Note on the mental hospitals in Burma - 1925-1940
Year: 1925
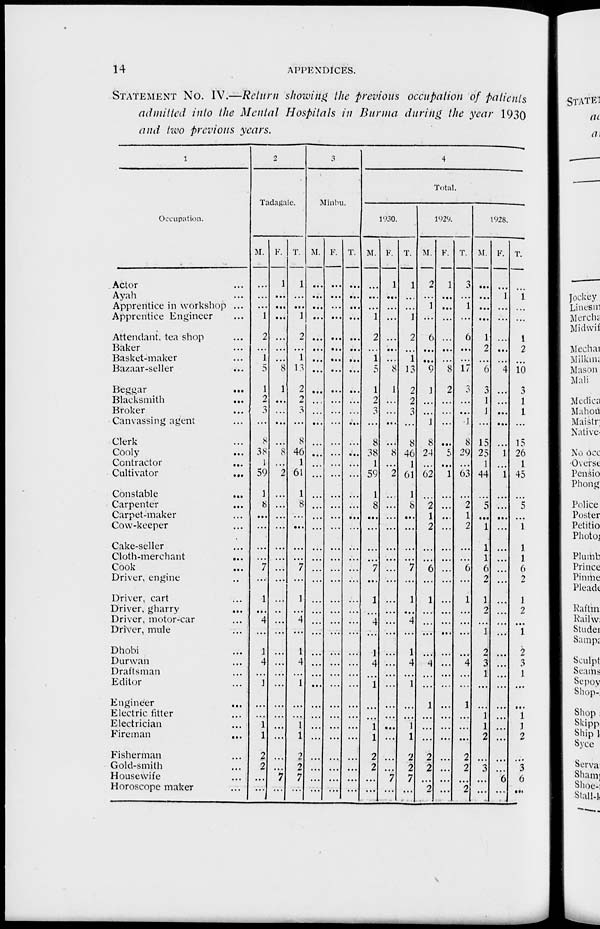
14
APPENDICES.
STATEMENT No. IV.—Return showing the previous occupation of patients
admitted into the Mental Hospitals in Burma during the year 1930
and two previous years.
1
Occupation.
Actor ...
Ayah ...
Apprentice in workshop ...
Apprentice Engineer ...
Attendant, tea shop ...
Baker ...
Basket-maker ...
Bazaar-seller ...
Beggar
...
Blacksmith ...
Broker ...
Canvassing agent ...
Clerk ...
Cooly ...
Contractor ...
Cultivator
...
Constable ...
Carpenter ...
Carpet-maker ...
Cow-keeper ...
Cake-seller ...
Cloth-merchant
...
Cook ...
Driver, engine ...
Driver, cart ...
Driver, gharry ...
Driver, motor-car ...
Driver, mule ...
Dhobi ...
Durwan ...
Draftsman ...
Editor ...
Engineer ...
Electric fitter ...
Electrician ...
Fireman ...
Fisherman ...
Gold-smith ...
Housewife ...
Horoscope maker ...
2
Tadagale.
M.
...
...
...
1
2
...
1
5
1
2
3
...
8
38
1
59
1
8
...
...
...
...
7
...
1
...
4
...
1
4
...
1
...
...
1
1
2
2
...
...
F.
1
...
...
...
...
...
...
8
1
...
...
...
...
8
...
2
...
...
...
...
...
...
...
...
...
...
...
...
...
...
...
...
...
...
...
...
...
...
7
...
T.
1
...
...
1
2
...
1
13
2
2
3
...
8
46
1
61
1
8
...
...
...
...
7
...
1
...
4
...
1
4
...
1
...
...
1
1
2
2
7
...
3
Minbu.
M.
...
...
...
...
...
...
...
...
...
...
...
...
...
...
...
...
...
...
...
...
...
...
...
...
...
...
...
...
...
...
...
...
...
...
...
...
...
...
...
...
F.
...
...
...
...
...
...
...
...
...
...
...
...
...
...
...
...
...
...
...
...
...
...
...
...
...
...
...
...
...
...
...
...
...
...
...
...
...
...
...
...
T.
...
...
...
...
...
...
...
...
...
...
...
...
...
...
...
...
...
...
...
...
...
...
...
...
...
...
...
...
...
...
...
...
...
...
...
...
...
...
...
...
4
Total.
1930.
M.
...
...
...
1
2
...
1
5
1
2
3
...
8
38
1
59
1
8
...
...
...
...
7
...
1
...
4
...
1
4
...
1
...
...
1
1
2
2
...
...
F.
1
...
...
...
...
...
...
8
1
...
...
...
...
8
...
2
...
...
...
...
...
...
...
...
...
...
...
...
...
...
...
...
...
...
...
...
...
...
7
...
T.
1
...
...
1
2
...
1
13
2
2
3
...
8
46
1
61
1
8
...
...
...
...
7
...
1
...
4
...
1
4
...
1
...
...
1
1
2
2
7
...
l929.
M.
2
...
1
...
6
...
...
9
1
...
...
1
8
24
...
62
...
2
1
2
...
...
6
...
1
...
...
...
...
4
...
...
1
...
...
...
2
2
...
2
F.
1
...
...
...
...
...
...
8
2
...
...
...
...
5
...
1
...
...
...
...
...
...
...
...
...
...
...
...
...
...
...
...
...
...
...
...
...
...
...
...
T.
3
...
1
...
6
...
...
17
3
...
...
1
8
29
...
63
...
2
1
2
...
...
6
...
1
...
...
...
...
4
...
...
1
...
...
...
2
2
...
2
1928.
M.
...
...
...
...
1
2
...
6
3
1
1
...
15
25
1
44
...
5
...
1
1
1
6
2
1
2
...
1
2
3
1
...
...
1
1
2
...
3
...
...
F.
...
1
...
...
...
...
...
4
...
...
...
...
...
1
...
1
...
...
...
...
...
...
...
...
...
...
...
...
...
...
...
...
...
...
...
...
...
...
6
...
T.
...
1
...
...
1
2
...
10
3
1
1
...
15
26
1
45
...
5
...
1
1
1
6
2
1
2
...
1
2
3
1
...
...
1
1
2
...
3
6
...